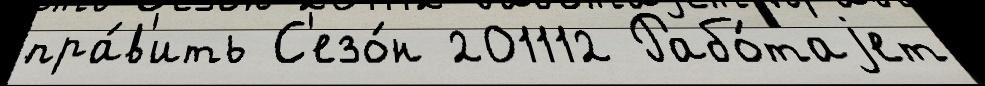
пра́в'ить С'езо́н 201112 Рабо́таjет